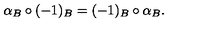
\alpha _ { B } \circ ( - 1 ) _ { B } = ( - 1 ) _ { B } \circ \alpha _ { B } .